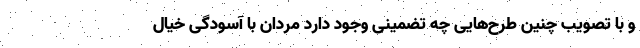
و با تصویب چنین طرح‌هایی چه تضمینی وجود دارد مردان با آسودگی خیال